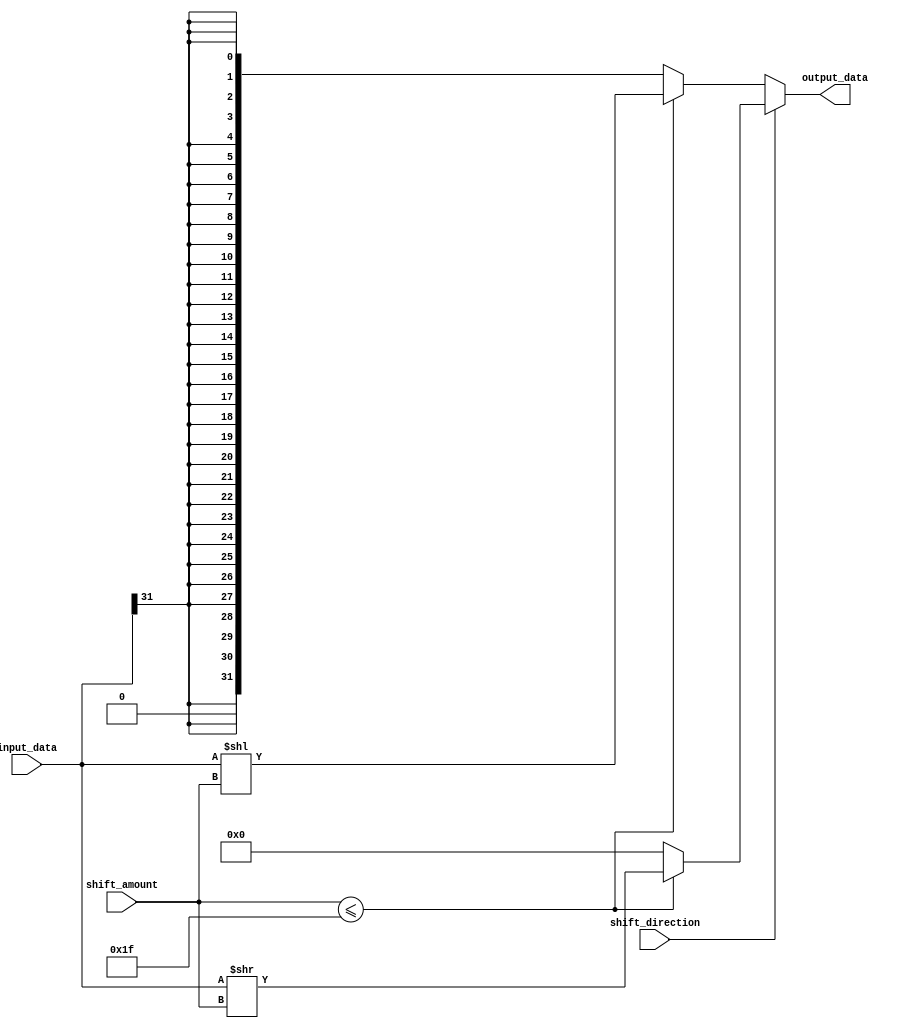
module BarrelShifter(
    input wire [31:0] input_data,
    input wire [4:0] shift_amount,
    input wire shift_direction, // 0 for left shift, 1 for right shift
    output wire [31:0] output_data
);

assign output_data = (shift_direction) ? 
    (shift_amount <= 31) ? (input_data >> shift_amount) : ({input_data[31]} >> 31) : 
    (shift_amount <= 31) ? (input_data << shift_amount) : {31{input_data[31]}};

endmodule